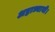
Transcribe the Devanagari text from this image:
अष्टाध्यायी।